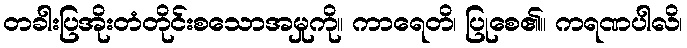
တခါးပြအိုးတံတိုင်းစသောအမှုကို။ ကာရေတိ၊ ပြုစေ၏။ ကရဏပါလိ၊